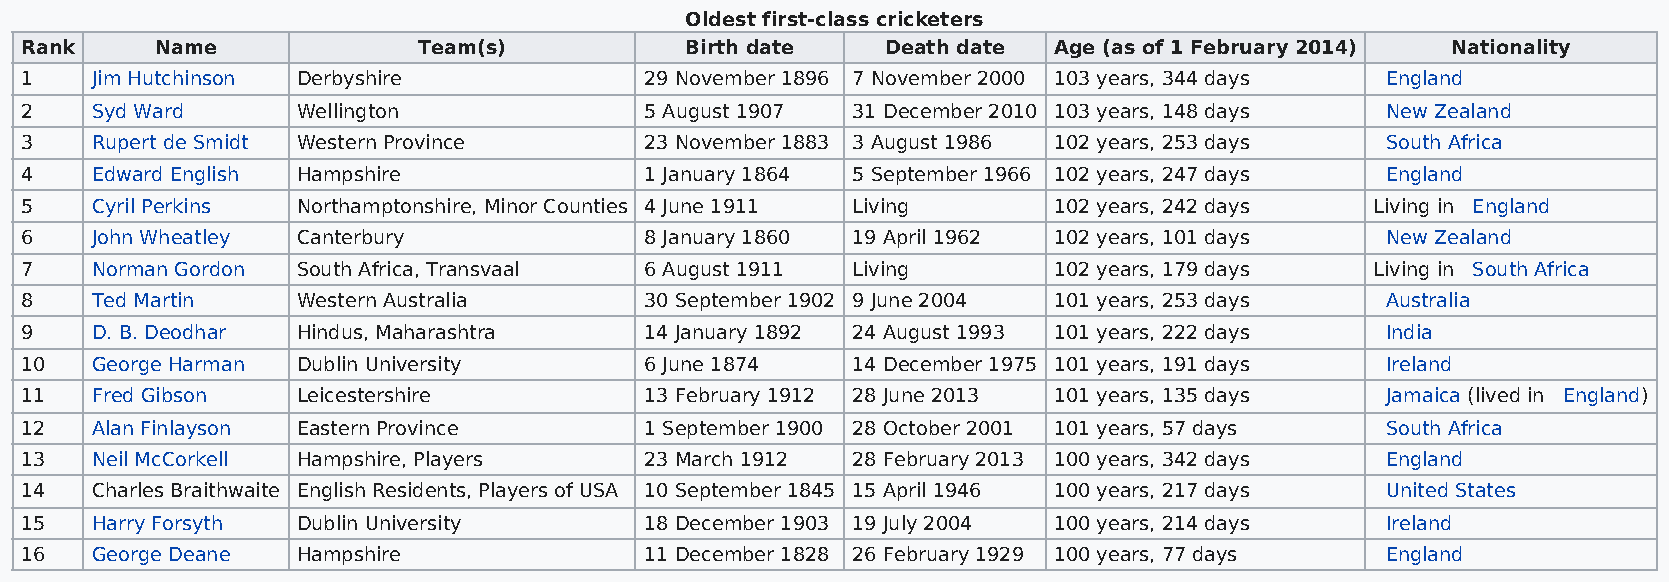
Oldest first-class cricketers
 Rank     Name              Team(s)          Birth date    Death date Age (as of 1 February 2014) Nationality
 1    Jim Hutchinson Derbyshire            29 November 1896 7 November 2000 103 years, 344 days England
 2    Syd Ward      Wellington             5 August 1907 31 December 2010 103 years, 148 days New Zealand
 3    Rupert de Smidt Western Province     23 November 1883 3 August 1986 102 years, 253 days South Africa
 4    Edward English Hampshire             1 January 1864 5 September 1966 102 years, 247 days England
 5    Cyril Perkins Northamptonshire, Minor Counties 4 June 1911 Living 102 years, 242 days Living in England
 6    John Wheatley Canterbury             8 January 1860 19 April 1962 102 years, 101 days New Zealand
 7    Norman Gordon South Africa, Transvaal 6 August 1911 Living      102 years, 179 days  Living in South Africa
 8    Ted Martin    Western Australia      30 September 1902 9 June 2004 101 years, 253 days Australia
 9    D. B. Deodhar Hindus, Maharashtra    14 January 1892 24 August 1993 101 years, 222 days India
 10   George Harman Dublin University      6 June 1874  14 December 1975 101 years, 191 days Ireland
 11   Fred Gibson   Leicestershire         13 February 1912 28 June 2013 101 years, 135 days Jamaica (lived in England)
 12   Alan Finlayson Eastern Province      1 September 1900 28 October 2001 101 years, 57 days South Africa
 13   Neil McCorkell Hampshire, Players    23 March 1912 28 February 2013 100 years, 342 days England
 14   Charles Braithwaite English Residents, Players of USA 10 September 1845 15 April 1946 100 years, 217 days United States
 15   Harry Forsyth Dublin University      18 December 1903 19 July 2004 100 years, 214 days Ireland
 16   George Deane  Hampshire              11 December 1828 26 February 1929 100 years, 77 days England